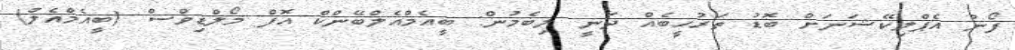
ފޯނު އެޕްލިކޭޝަނަށް ބޮޑު ތަރުހީބެއް ދަނީ ލިބެމުން: ބީއެމްއެލްބޭންކް އޮފް މޯލްޑިވްސް (ބީއެމްއެލް)